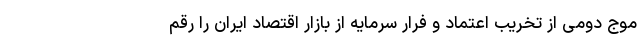
موج دومی از تخریب اعتماد و فرار سرمایه از بازار اقتصاد ایران را رقم